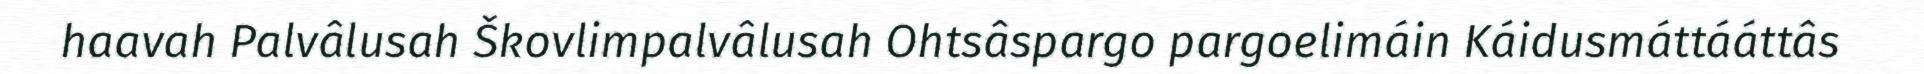
haavah Palvâlusah Škovlimpalvâlusah Ohtsâspargo pargoelimáin Káidusmáttááttâs